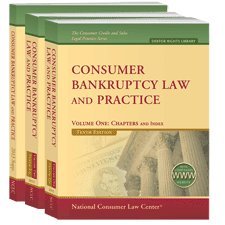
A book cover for Consumer Bankruptcy Law and Practice, 2011 Supplement (The consumer Credit and Sales Legal Practice Series); Henry J. Sommer; Law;